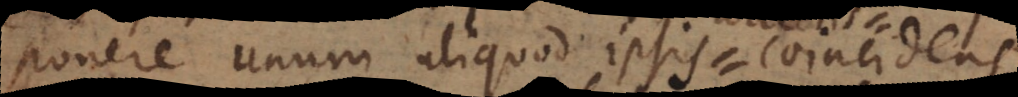
ponere unum aliquod ipsis coincidens.